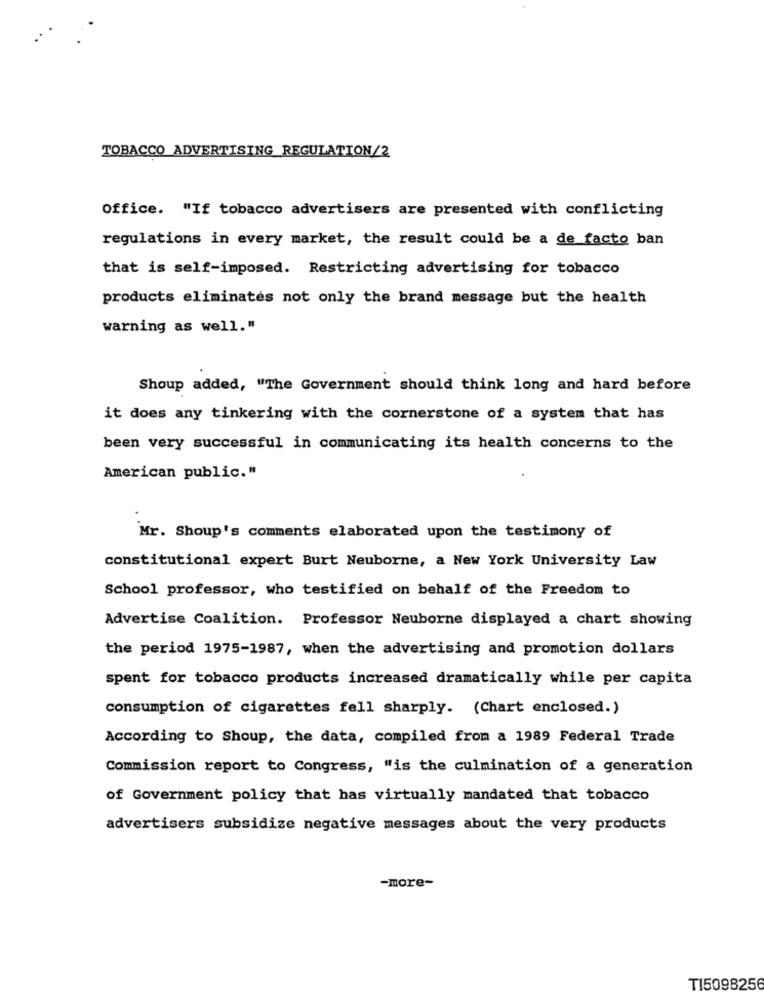
TOBACCO ADVERTISING REGULATION/2
Office. "If tobacco advertisers are presented with conflicting
regulations in every market, the result could be a de facto ban
that is self-imposed. Restricting advertising for tobacco
products eliminates not only the brand message but the health
warning as well."
Shoup added, "The Government should think long and hard before
it does any tinkering with the cornerstone of a system that has
been very successful in communicating its health concerns to the
American public."
Mr. Shoup's comments elaborated upon the testimony of
constitutional expert Burt Neuborne, a New York University Law
School professor, who testified on behalf of the Freedom to
Advertise Coalition. Professor Neuborne displayed a chart showing
the period 1975-1987, when the advertising and promotion dollars
spent for tobacco products increased dramatically while per capita
consumption of cigarettes fell sharply. (Chart enclosed.)
According to Shoup, the data, compiled from a 1989 Federal Trade
Commission report to Congress, "is the culmination of a generation
of Government policy that has virtually mandated that tobacco
advertisers subsidize negative messages about the very products
-more-
TI5098256